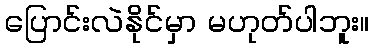
ပြောင်းလဲနိုင်မှာ မဟုတ်ပါဘူး။